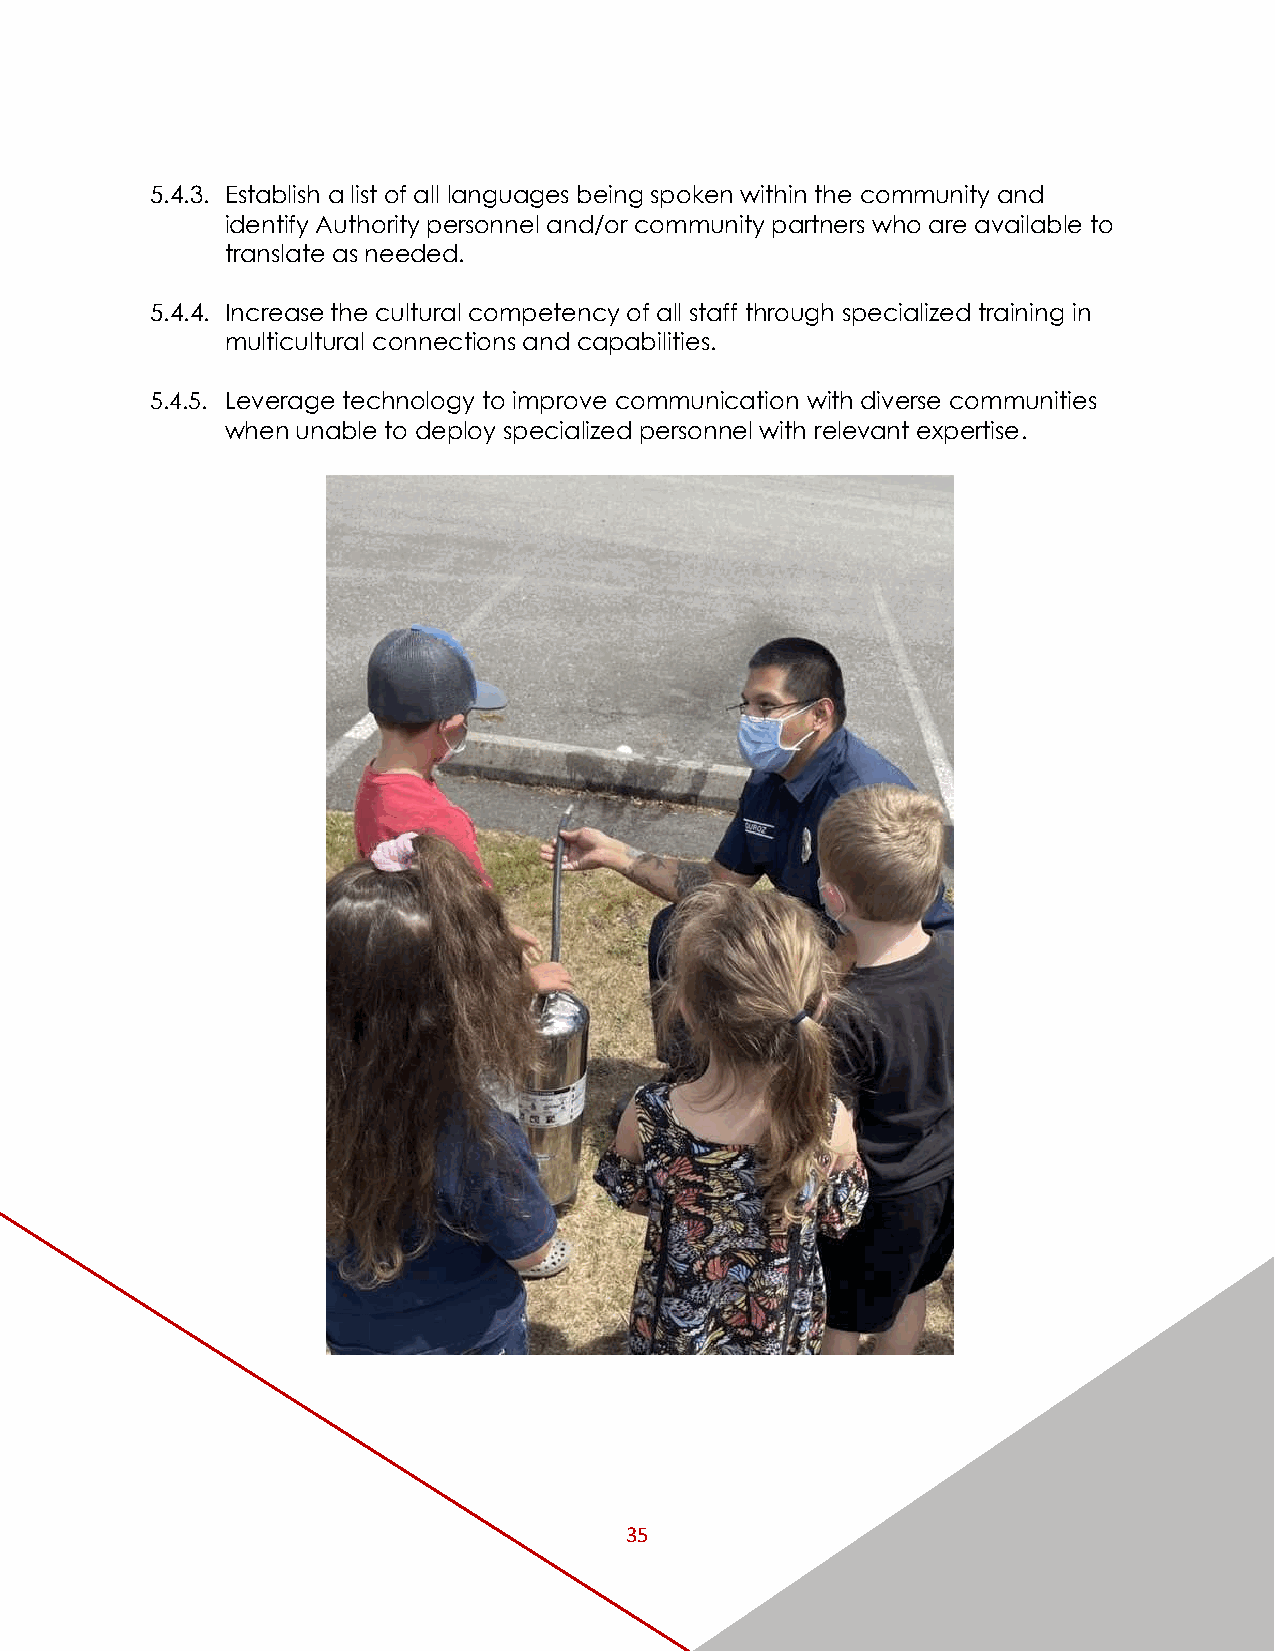
5.4.3. Establish a list of all languages being spoken within the community and
 identify Authority personnel and/or community partners who are available to
 translate as needed.
 5.4.4. Increase the cultural competency of all staff through specialized training in
 multicultural connections and capabilities.
 5.4.5. Leverage technology to improve communication with diverse communities
 when unable to deploy specialized personnel with relevant expertise.
 35